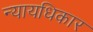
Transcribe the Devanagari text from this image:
न्यायधिकार